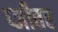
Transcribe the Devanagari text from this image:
प्जीतर